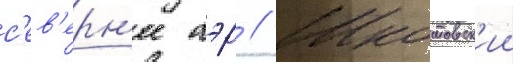
с'ев'ерн'ее аэр // Шкотовск'ии